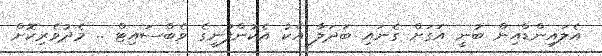
އެލައިންޑްއިން ބުނީ އަގަށް ގެނައި ބަދަލާ އެކު އެކުންފުނީގެ ވެބްސައިޓް .. މެދުވެރިކޮށް